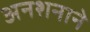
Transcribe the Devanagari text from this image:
अनशनाने